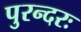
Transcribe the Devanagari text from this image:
पुरन्दरः